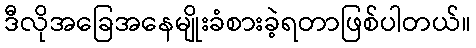
ဒီလိုအခြေအနေမျိုးခံစားခဲ့ရတာဖြစ်ပါတယ်။